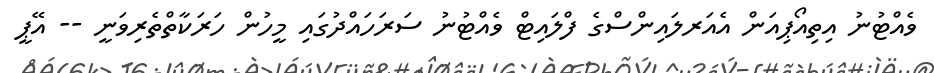
ވެއްޓުނު އިތިއޯޕިއަން އެއަރލައިންސްގެ ފްލައިޓް ވެއްޓުނު ސަރަހައްދުގައި މީހުން ހަރަކާތްތެރިވަނީ -- އޭޕީ